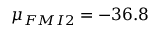
{ \mu } _ { F M I 2 } = - 3 6 . 8